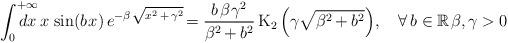
LaTeX: \begin{align*} \int_0^{+\infty}\mspace{-24mu} dx\:x\mspace{1.5mu}\sin(b \mspace{1.5mu}x)\,e^{-\beta\mspace{1.5mu}\sqrt{x^2\,+\,\gamma^2}}\!=\frac{b\mspace{1.5mu}\beta\mspace{1.5mu}\gamma^2}{\beta^2\mspace{-1.5mu}+b^2}\,\mathrm{K}_2\left(\gamma\sqrt{\beta^2\mspace{-1.5mu}+b^2}\right)\!,\quad\forall\, b\in\mathbb{R}\mspace{1.5mu}\beta,\gamma>0 \end{align*}